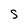
Character: S